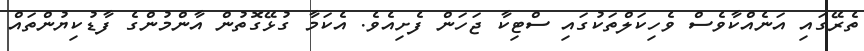
ތެރޭގައި އަނެއްކާވެސް ވެހިކަލްތަކުގައި ސްޓިކާ ޖަހަން ފެށިއެވެ. އެކަމާ ގުޅޭގޮތުން އާންމުންގެ ފާޑުކިޔުންތައް